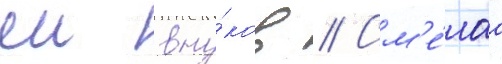
еи вну́ков // См'е́лаа